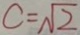
c = \sqrt { 2 }